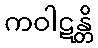
ကဝါဋန္တိ